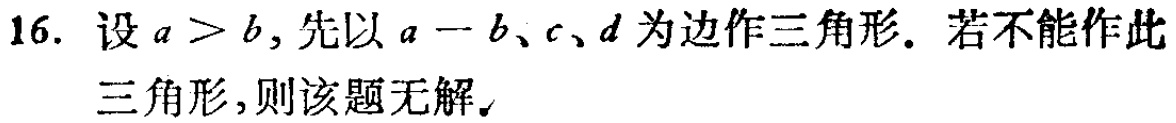
16. 设 \(a > b\)，先以 \(a - b\)、\(c\)、\(d\) 为边作三角形. 若不能作此三角形，则该题无解。